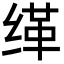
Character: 缂